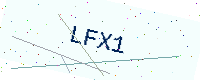
Text: LFX1